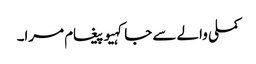
کملی والے سے جا کہیو پیغام مرا۔